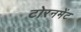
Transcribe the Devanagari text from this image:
टोरनमेंट